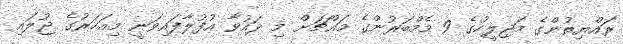
ރައްޔިތުންގެ މަޖިލީހުގެ 9 މެމްބަރުންގެ މައްޗަށް މި ދައުވާ އުފުލާފައިވަނީ މިއަހަރުގެ ޖުލައި